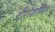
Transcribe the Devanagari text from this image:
दौराशामिल